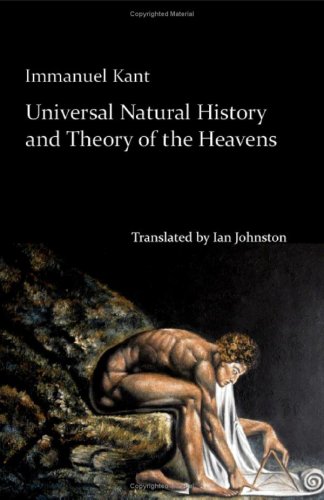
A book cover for Universal Natural History and Theory of the Heavens; Immanuel Kant; Politics & Social Sciences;